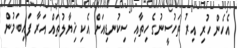
އެހެން ހުރި އިރު ތަހުސީނުގެ ހިތާއި ސިކުނޑިއަށް އެކި ޚިޔާލުތައް އަރާ ފައިބަމުން